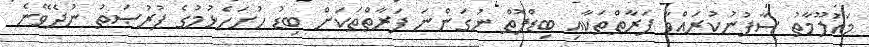
މަޢުލޫމާތު ސާފުނުކުރައްވާ ފަރާތްތަކާއި ބިޑްފޮތް ނުގަންނަ ފަރާތްތަކަށް ބިޑު ހުށަހެޅުމުގެ ފުރުޞަތު ނުދެވޭނެ